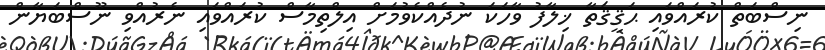
ނިސްބަތް ކުރައްވައި ޙަޤީޤަތާ ޚިލާފު ވާހަކަ ނުދެއްކެވުމަށް އިލްތިމާސް ކުރައްވައި ނެރުއްވި ނޫސްބަޔާން